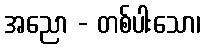
အညော - တစ်ပါးသော၊